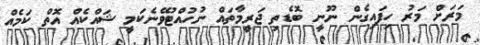
މަރަށް މަރު ހިފައިގެން ނޫނީ ބޮޑެތި ޖަރީމާތައް ނުހުއްޓުވޭނެކަމީ ޝައްކެއް އޮތް ކަމެއް